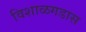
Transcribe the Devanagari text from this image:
विशाळगडास